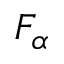
F _ { \alpha }